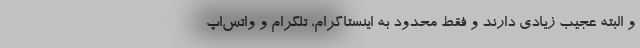
و البته عجیب زیادی دارند و فقط محدود به اینستاگرام، تلگرام و واتس‌اپ